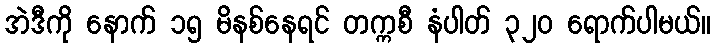
အဲဒီကို နောက် ၁၅ မိနစ်နေရင် တက္ကစီ နံပါတ် ၃၂၀ ရောက်ပါမယ်။